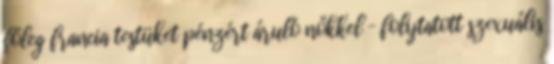
főleg francia testüket pénzért áruló nőkkel – folytatott szexuális